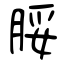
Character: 脮